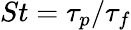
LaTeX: St=\tau_{p}/\tau_{f}